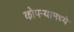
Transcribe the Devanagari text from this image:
कोपर्‍यामध्ये